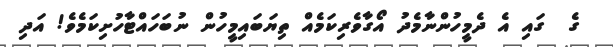
ގެ  ގައި އެ ދެމީހުންނާމެދު އޯގާވެރިކަމެއް ތިޔަބައިމީހުން ނުބަހައްޓާހުށިކަމެވެ! އަދި